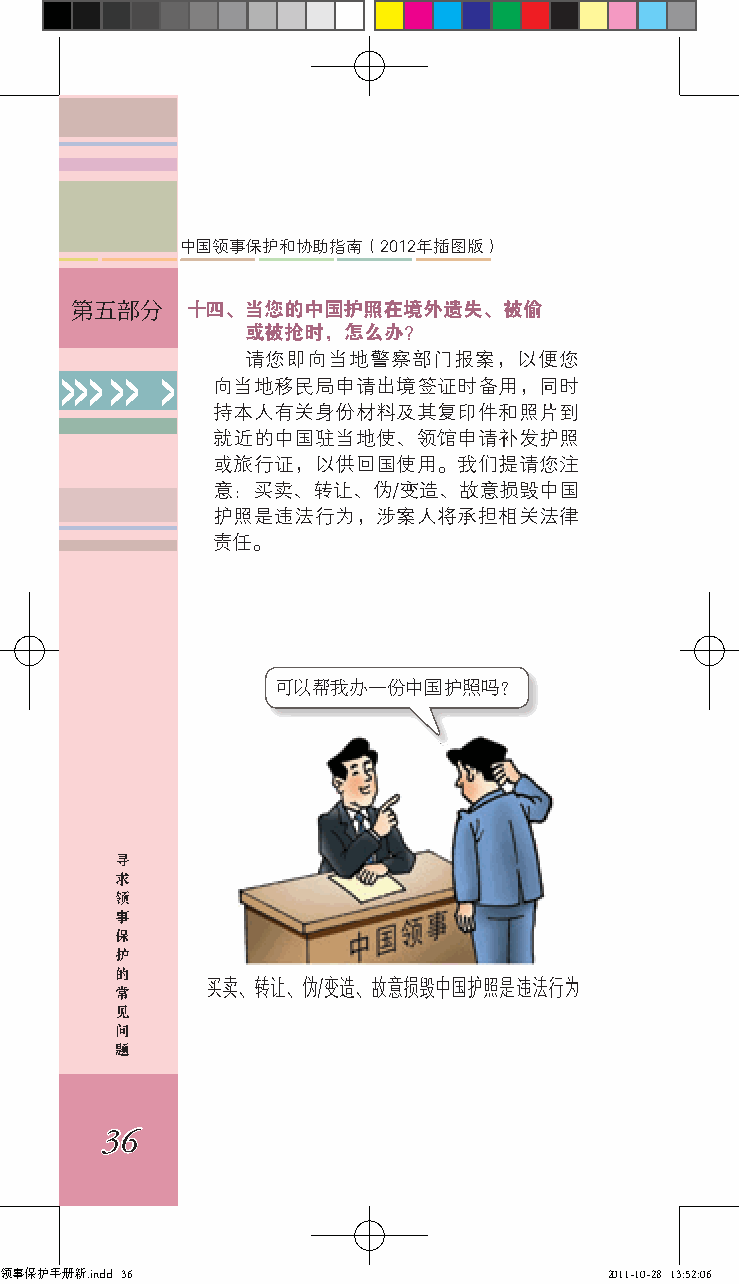
中国领事保护和协助指南（2012年插图版）
 第五部分   十四、当您的中国护照在境外遗失、被偷
 或被抢时，怎么办？
 请您即向当地警察部门报案，以便您
 >>> >> >  向当地移民局申请出境签证时备用，同时
 持本人有关身份材料及其复印件和照片到
 就近的中国驻当地使、领馆申请补发护照
 或旅行证，以供回国使用。我们提请您注
 意：买卖、转让、伪/变造、故意损毁中国
 护照是违法行为，涉案人将承担相关法律
 责任。
 可以帮我办一份中国护照吗？
 寻
 求
 领
 事
 保
 护
 的
 常     买卖、转让、伪/变造、故意损毁中国护照是违法行为
 见
 问
 题
 36
 领事保护手册新.indd 36                         2011-10-28 13:52:06